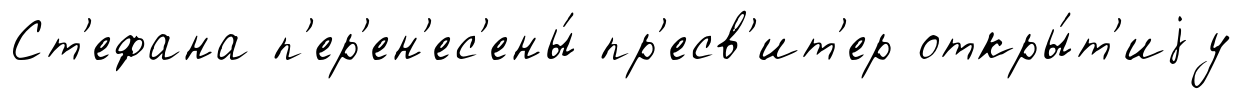
Ст'ефана п'ер'ен'ес'ены́ пр'есв'ит'ер откры́т'иjу